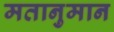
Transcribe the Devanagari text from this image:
मतानुमान